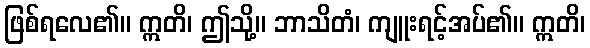
ဖြစ်ရလေ၏။ ဣတိ၊ ဤသို့။ ဘာသိတံ၊ ကျူးရင့်အပ်၏။ ဣတိ၊